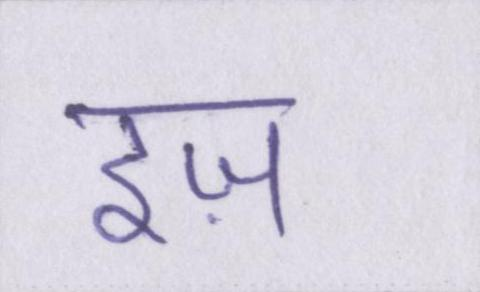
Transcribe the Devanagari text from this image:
इज़